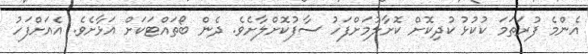
އެންމެ ފުރަތަމަ ކުކުޅު ކުދިކޮށް ކޮށާލުމަށްފަހު ސާފުކޮށްލާށެވެ. ދެން ބޯތައްޓަކަށް އަޅާށެވެ. އެއަށްފަހު